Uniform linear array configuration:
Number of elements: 32
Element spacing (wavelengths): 0.25
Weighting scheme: binomial
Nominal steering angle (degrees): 15
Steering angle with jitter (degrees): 15.817
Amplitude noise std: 0.05
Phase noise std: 0.05

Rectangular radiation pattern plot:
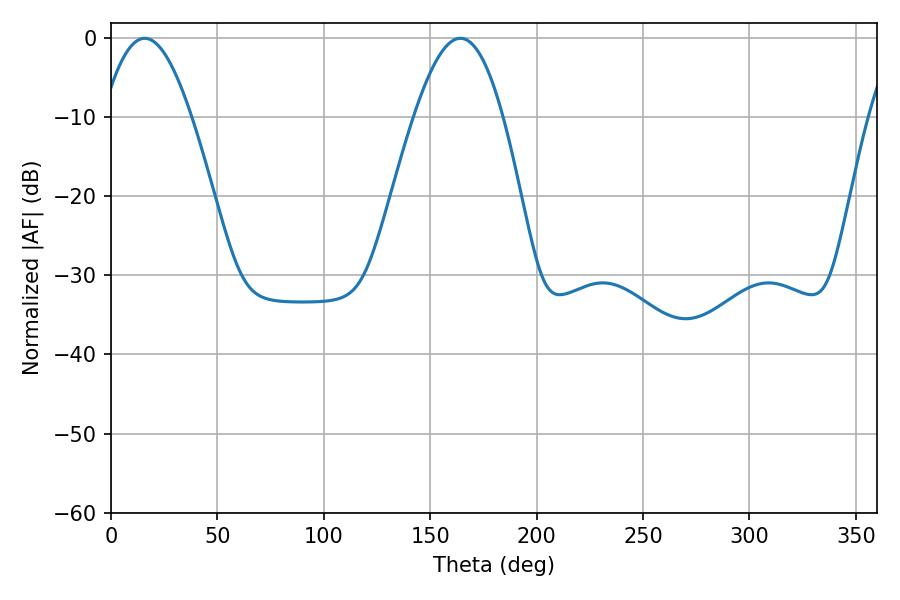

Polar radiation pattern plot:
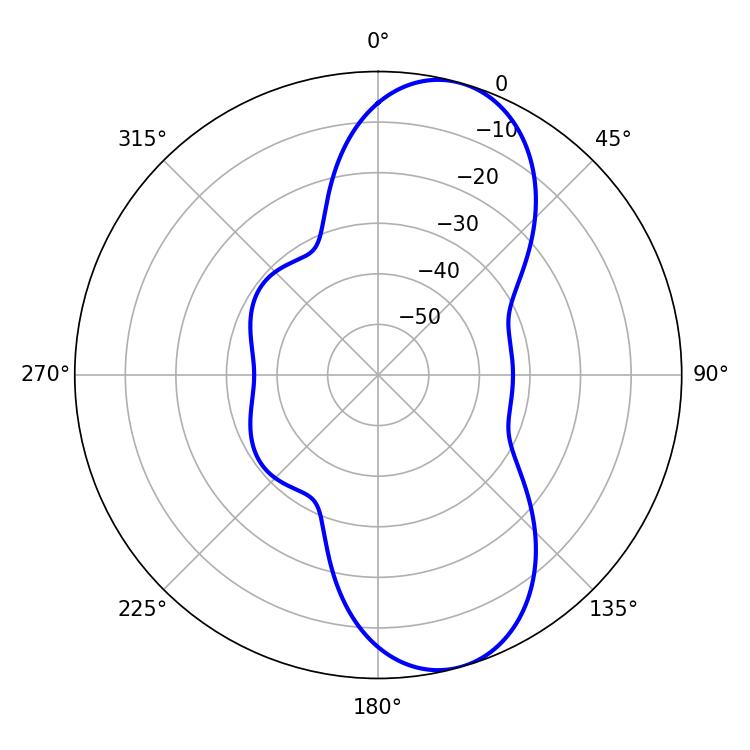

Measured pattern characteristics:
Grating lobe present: FALSE
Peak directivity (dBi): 9.225
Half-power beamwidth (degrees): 22.5
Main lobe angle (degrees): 15.84